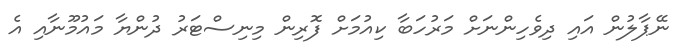
ނޭޕާލުން އައި ދިވެހިންނަށް މަރުހަބާ ކިއުމަށް ފޮރިން މިނިސްޓަރު ދުންޔާ މައުމޫނާއި އެ